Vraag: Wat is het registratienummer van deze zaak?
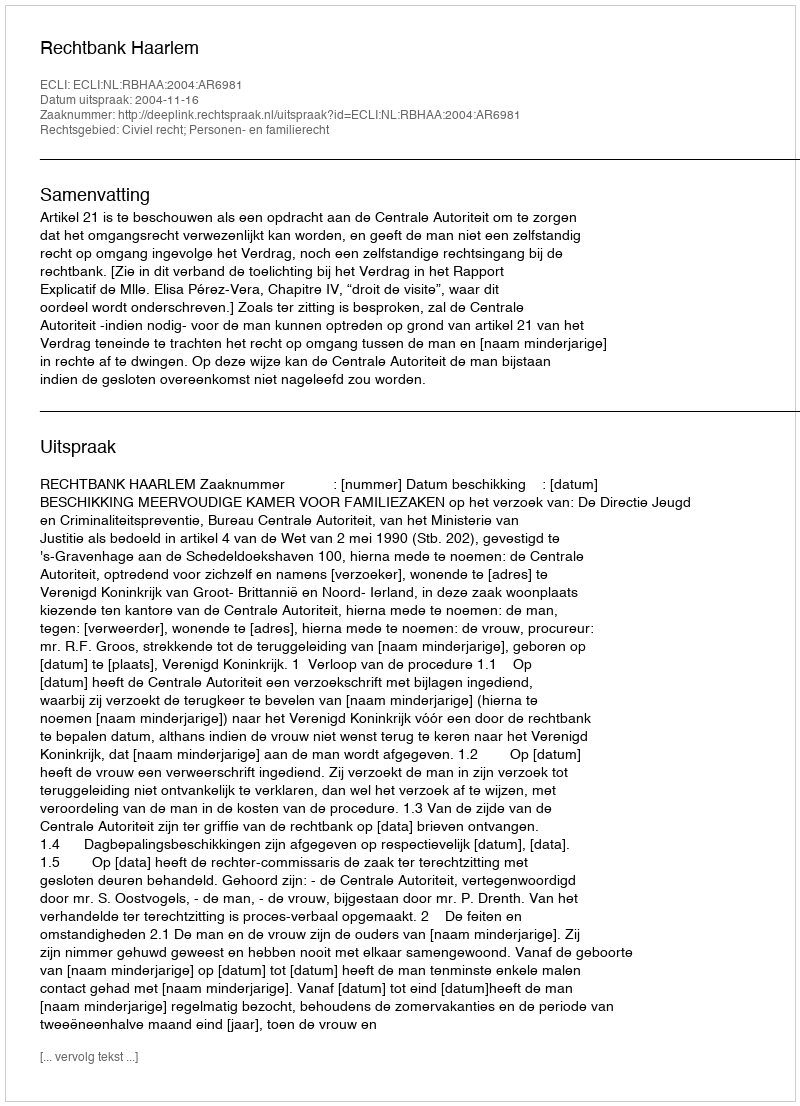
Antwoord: http://deeplink.rechtspraak.nl/uitspraak?id=ECLI:NL:RBHAA:2004:AR6981